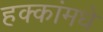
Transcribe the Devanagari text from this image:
हक्कांमधे